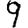
Digit: 9